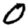
Digit: 0